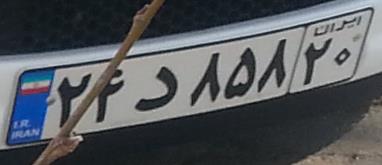
۲۴د۸۵۸۲۰